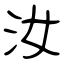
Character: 汝